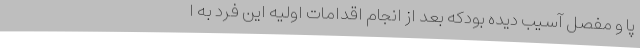
پا و مفصل آسیب دیده بودکه بعد از انجام اقدامات اولیه این فرد به ا